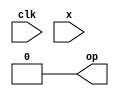
`timescale 1ns/1ps

module moore_pattern_detector(input clk, input x, output reg op);
integer state=0, nextstate;

always @(posedge clk)
state <= nextstate;

always @(state or x)
begin
  op <= 0;
  case(state)
  0: if(x)
    nextstate = 1;
    else 
    nextstate = 0;
  1: if(x)
    nextstate = 1;
    else 
    nextstate = 2;
  2: if(x)
    nextstate = 3;
    else 
    nextstate = 0;
  3: if(x)
    nextstate = 4;
    else 
    nextstate = 2;
  4: if(x)
    nextstate = 1;
    else 
    nextstate = 2;
  endcase
end

always @(state)
if(state == 4)
op <= 1;
else 
op <= 0;

endmodule